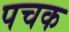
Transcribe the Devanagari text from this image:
पचक